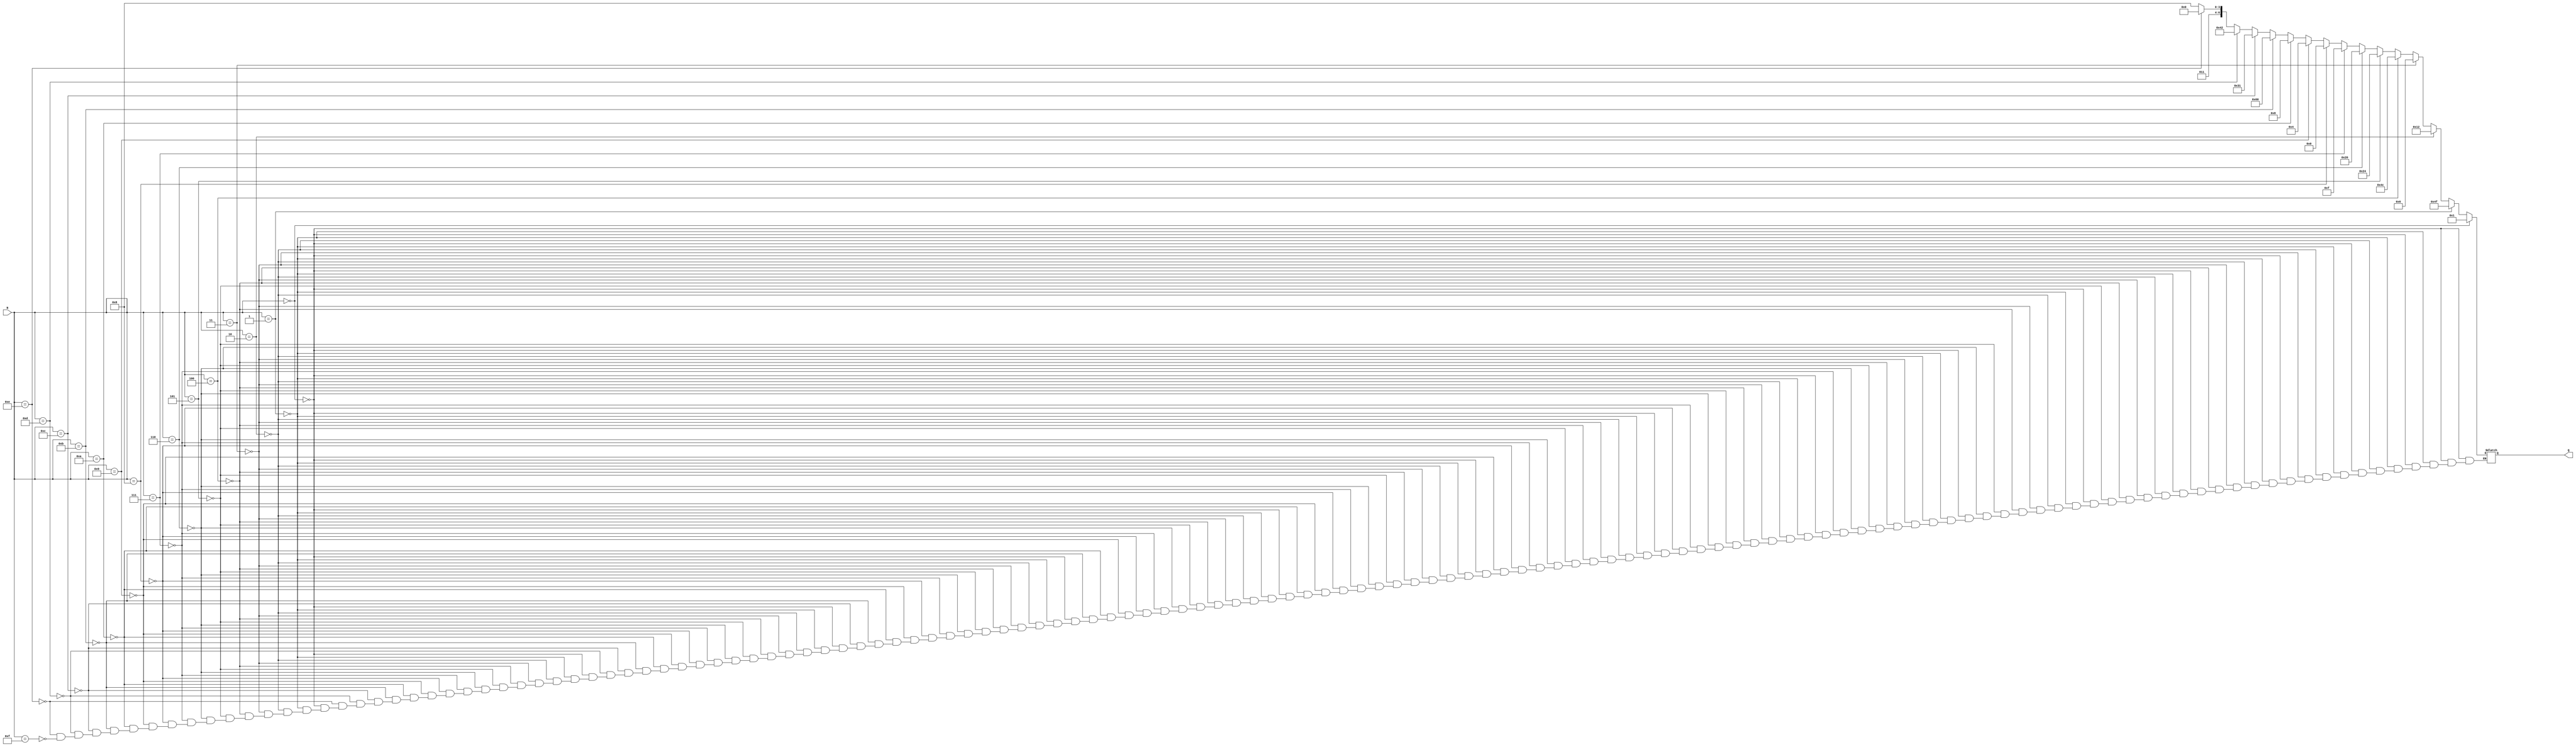
`timescale 1 ns / 1 ps

module seg7(input [3:0] N, output reg [6:0] Q); // Q = abcdefg
	always @(N) begin
		if (N == 0)
			Q = 'b0000001; // Output 0
		else if (N == 1)
			Q = 'b1001111; // Output 1
		else if (N == 2)
			Q = 'b0010010; // Output 2
		else if (N == 3)
			Q = 'b0000110; // Output 3
		else if (N == 4)
			Q = 'b1001100; // Output 4
		else if (N == 5)
			Q = 'b0100100; // Output 5
		else if (N == 6)
			Q = 'b0100000; // Output 6
		else if (N == 7)
			Q = 'b0001111; // Output 7
		else if (N == 8)
			Q = 'b0000000; // Output 8
		else if (N == 9)
			Q = 'b0000100; // Output 9
		else if (N == 10)
			Q = 'b0001000; // Output A
		else if (N == 11)
			Q = 'b1100000; // Output b
		else if (N == 12)
			Q = 'b0110001; // Output C
		else if (N == 13)
			Q = 'b1000010; // Output d
		else if (N == 14)
			Q = 'b0110000; // Output E
		else if (N == 15)
			Q = 'b0111000; // Output F
	end
endmodule

module mux1bit2x1(I1, I0, S, Q);
	input S;
	input I1, I0;
	output reg Q;
	
	always @(*) begin
		if(S == 1) begin
			Q <= I0;
		end
		else begin
			Q <= I1;
		end
	end
endmodule

module mux2bit2x1(I1, I0, S, Q);
	input S;
	input [1:0] I1, I0;
	output reg [1:0] Q;
	
	always @(*) begin
		if(S == 1) begin
			Q <= I0;
		end
		else begin
			Q <= I1;
		end
	end
endmodule

module mux6bit2x1(I1, I0, S, Q);
	input S;
	input [5:0] I1, I0;
	output reg [5:0] Q;
	
	always @(*) begin
		if(S == 1) begin
			Q <= I0;
		end
		else begin
			Q <= I1;
		end
	end
endmodule